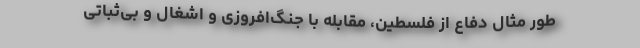
طور مثال دفاع از فلسطین، مقابله با جنگ‌افروزی و اشغال و بی‌ثباتی